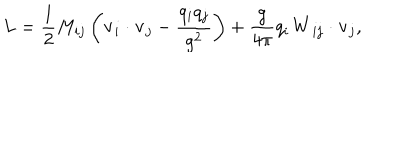
L = \frac { 1 } { 2 } M _ { i j } \left( { \bf v } _ { i } \cdot { \bf v } _ { j } - { \frac { q _ { i } q _ { j } } { g ^ { 2 } } } \right) + \frac { g } { 4 \pi } q _ { i } { \bf W } _ { i j } \cdot { \bf v } _ { j } ,